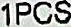
1PCS